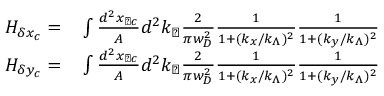
\begin{array} { r l } { H _ { \delta x _ { c } } = } & { { } \int \frac { d ^ { 2 } x _ { \perp c } } { A } d ^ { 2 } k _ { \perp } \frac { 2 } { \pi w _ { D } ^ { 2 } } \frac { 1 } { 1 + ( k _ { x } / k _ { \Lambda } ) ^ { 2 } } \frac { 1 } { 1 + ( k _ { y } / k _ { \Lambda } ) ^ { 2 } } } \\ { H _ { \delta y _ { c } } = } & { { } \int \frac { d ^ { 2 } x _ { \perp c } } { A } d ^ { 2 } k _ { \perp } \frac { 2 } { \pi w _ { D } ^ { 2 } } \frac { 1 } { 1 + ( k _ { x } / k _ { \Lambda } ) ^ { 2 } } \frac { 1 } { 1 + ( k _ { y } / k _ { \Lambda } ) ^ { 2 } } } \end{array}